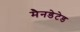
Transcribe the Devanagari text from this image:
मैनडेटेड